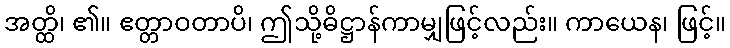
အတ္ထိ၊ ၏။ ဧတ္တာဝတာပိ၊ ဤသို့ဓိဋ္ဌာန်ကာမျှဖြင့်လည်း။ ကာယေန၊ ဖြင့်။